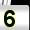
Digit: 5